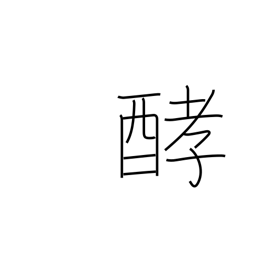
Meaning: fermentation